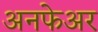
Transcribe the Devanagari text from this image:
अनफेअर